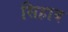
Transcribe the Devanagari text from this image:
सिहाब